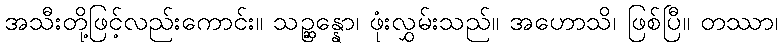
အသီးတို့ဖြင့်လည်းကောင်း။ သဉ္ဆန္နော၊ ဖုံးလွှမ်းသည်။ အဟောသိ၊ ဖြစ်ပြီ။ တဿာ၊